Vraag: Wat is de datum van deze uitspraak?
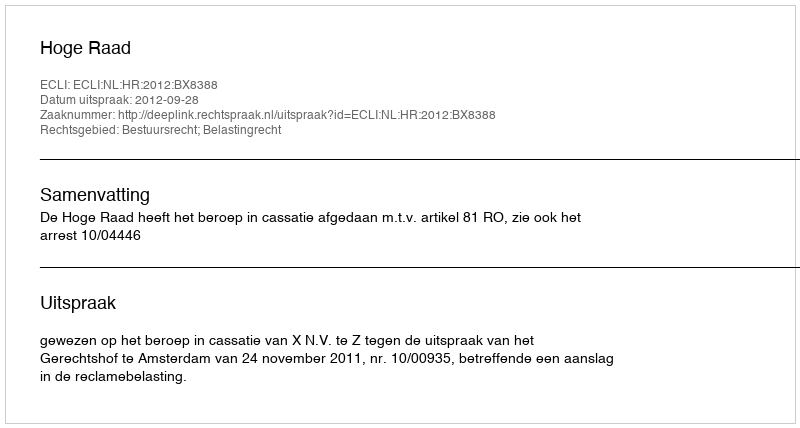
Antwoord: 2012-09-28